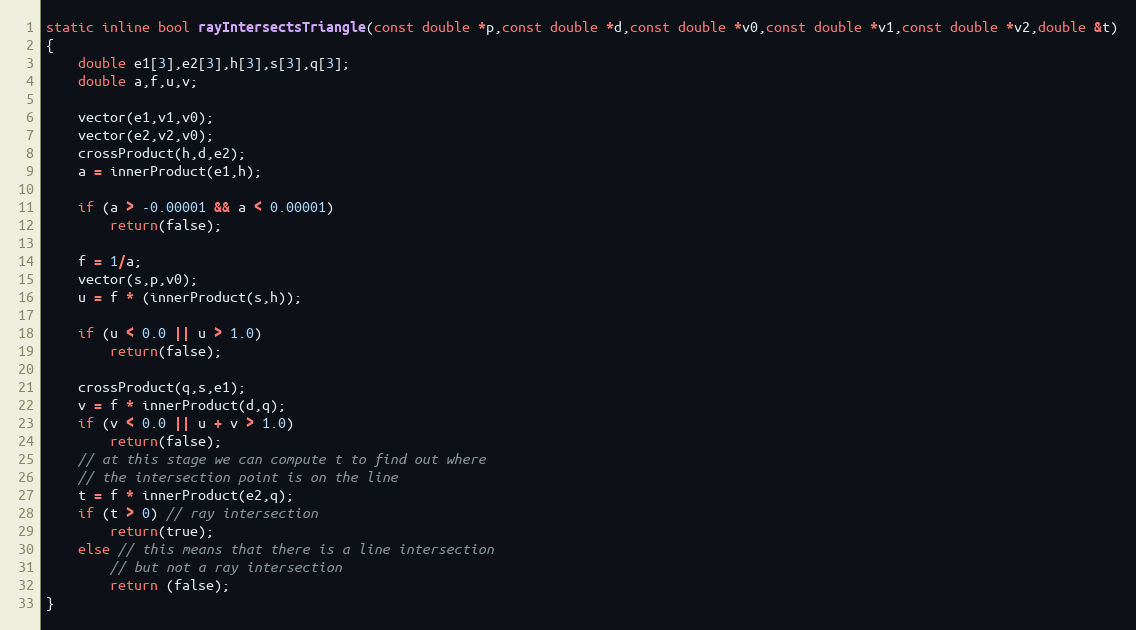
Language: C++
static inline bool rayIntersectsTriangle(const double *p,const double *d,const double *v0,const double *v1,const double *v2,double &t)
{
	double e1[3],e2[3],h[3],s[3],q[3];
	double a,f,u,v;

	vector(e1,v1,v0);
	vector(e2,v2,v0);
	crossProduct(h,d,e2);
	a = innerProduct(e1,h);

	if (a > -0.00001 && a < 0.00001)
		return(false);

	f = 1/a;
	vector(s,p,v0);
	u = f * (innerProduct(s,h));

	if (u < 0.0 || u > 1.0)
		return(false);

	crossProduct(q,s,e1);
	v = f * innerProduct(d,q);
	if (v < 0.0 || u + v > 1.0)
		return(false);
	// at this stage we can compute t to find out where
	// the intersection point is on the line
	t = f * innerProduct(e2,q);
	if (t > 0) // ray intersection
		return(true);
	else // this means that there is a line intersection
		// but not a ray intersection
		return (false);
}